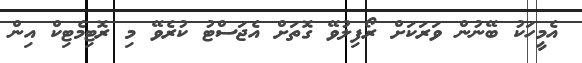
އެމީހަކު ބޭނުން ވަރަކަށް ރޯފިލުވޭ ގޮތަށް އެޖަސްޓު ކުރެވޭ މި ރޮޓިމެޓިކް އިން